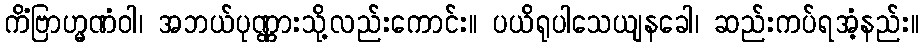
ကိံဗြာဟ္မဏံဝါ၊ အဘယ်ပုဏ္ဏားသို့လည်းကောင်း။ ပယိရုပါသေယျနခေါ၊ ဆည်းကပ်ရအံ့နည်း။